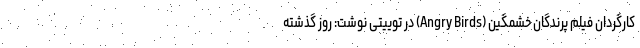
کارگردان فیلم پرندگان خشمگین (Angry Birds) در توییتی نوشت: روز گذشته